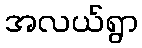
အလယ်ရွာ